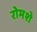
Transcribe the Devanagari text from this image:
रोमशे